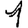
Digit: 1